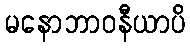
မနောဘာဝနီယာပိ